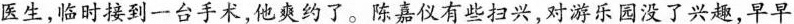
医生，临时接到一台手术，他爽约了。陈嘉仪有些扫兴，对游乐园没了兴趣，早早